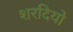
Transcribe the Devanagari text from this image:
शरदियो